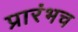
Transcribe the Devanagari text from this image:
प्रारंभच